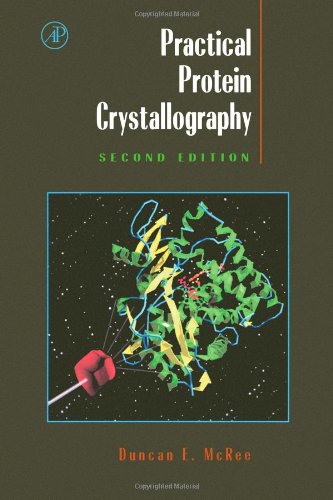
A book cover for Practical Protein Crystallography, Second Edition; Duncan E. McRee; Medical Books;